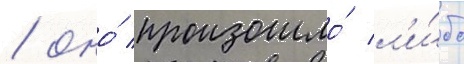
/ оно́ произошло́ л'и́бо